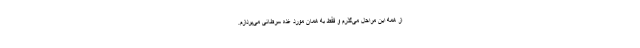
از همه این مراحل می‌گذرم و فقط به همان مورد غده سرطانی می‌پردازم.